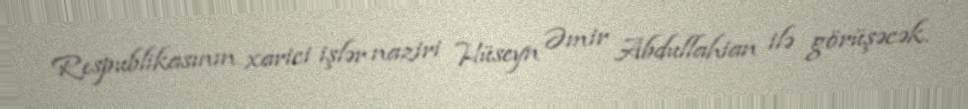
Respublikasının xarici işlər naziri Hüseyn Əmir Abdullahian ilə görüşəcək.